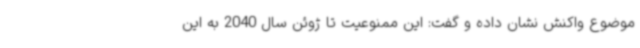
موضوع واکنش نشان داده و گفت: این ممنوعیت تا ژوئن سال 2040 به این